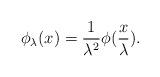
LaTeX: \begin{align*} \phi_\lambda(x) = \frac{1}{\lambda^2}\phi(\frac{x}{\lambda}). \end{align*}